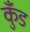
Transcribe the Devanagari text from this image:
कुँड